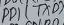
Text: PD1